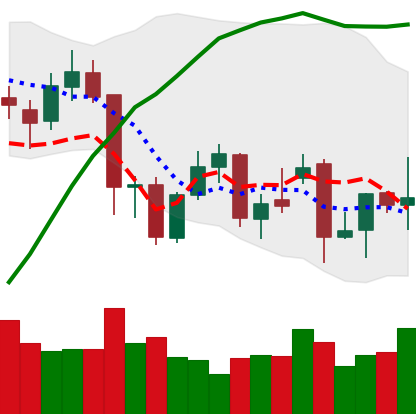
Ticker: XMR-USD
Chart end date: 2021-11-30
Forward return: -15.467%
Label: down_7plus